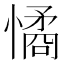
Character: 憰